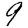
Digit: 9